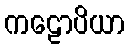
ကဠောပိယာ